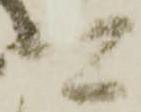
可